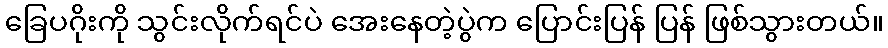
ခြေပဂိုးကို သွင်းလိုက်ရင်ပဲ အေးနေတဲ့ပွဲက ပြောင်းပြန် ပြန် ဖြစ်သွားတယ်။